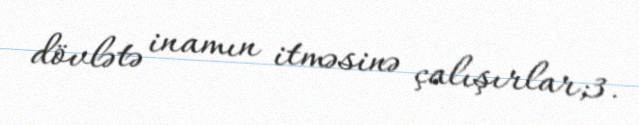
dövlətə inamın itməsinə çalışırlar;3.